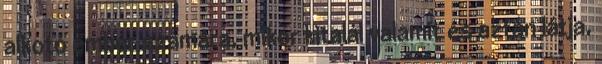
alkotó ember számára, mikor kitalál valamit és aztán látja,